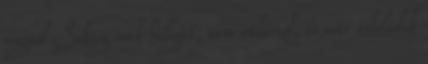
magad Sokáig csak hallgat, nem válaszol, és már érlelődik